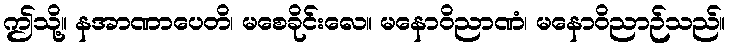
ဤသို့။ နအာဏာပေတိ၊ မစေခိုင်းလေ။ မနောဝိညာဏံ၊ မနောဝိညာဉ်သည်။